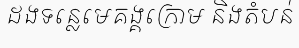
ដងទន្លេមេគង្គក្រោម និងតំបន់